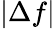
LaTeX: |\Delta f|